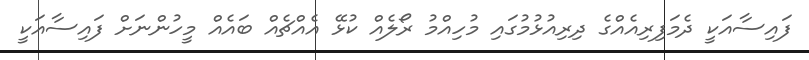
ފައިސާއަކީ ދެމަފިރިއެއްގެ ދިރިއުޅުމުގައި މުހިއްމު ރޯލެއް ކުޅޭ އެއްޗެއް ބައެއް މީހުންނަށް ފައިސާއަކީ